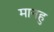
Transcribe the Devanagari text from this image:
मानहु